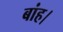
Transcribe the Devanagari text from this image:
बांह।